38_143685_box_Incident_Summaries_101-172
Agency: Department of War
Page 54
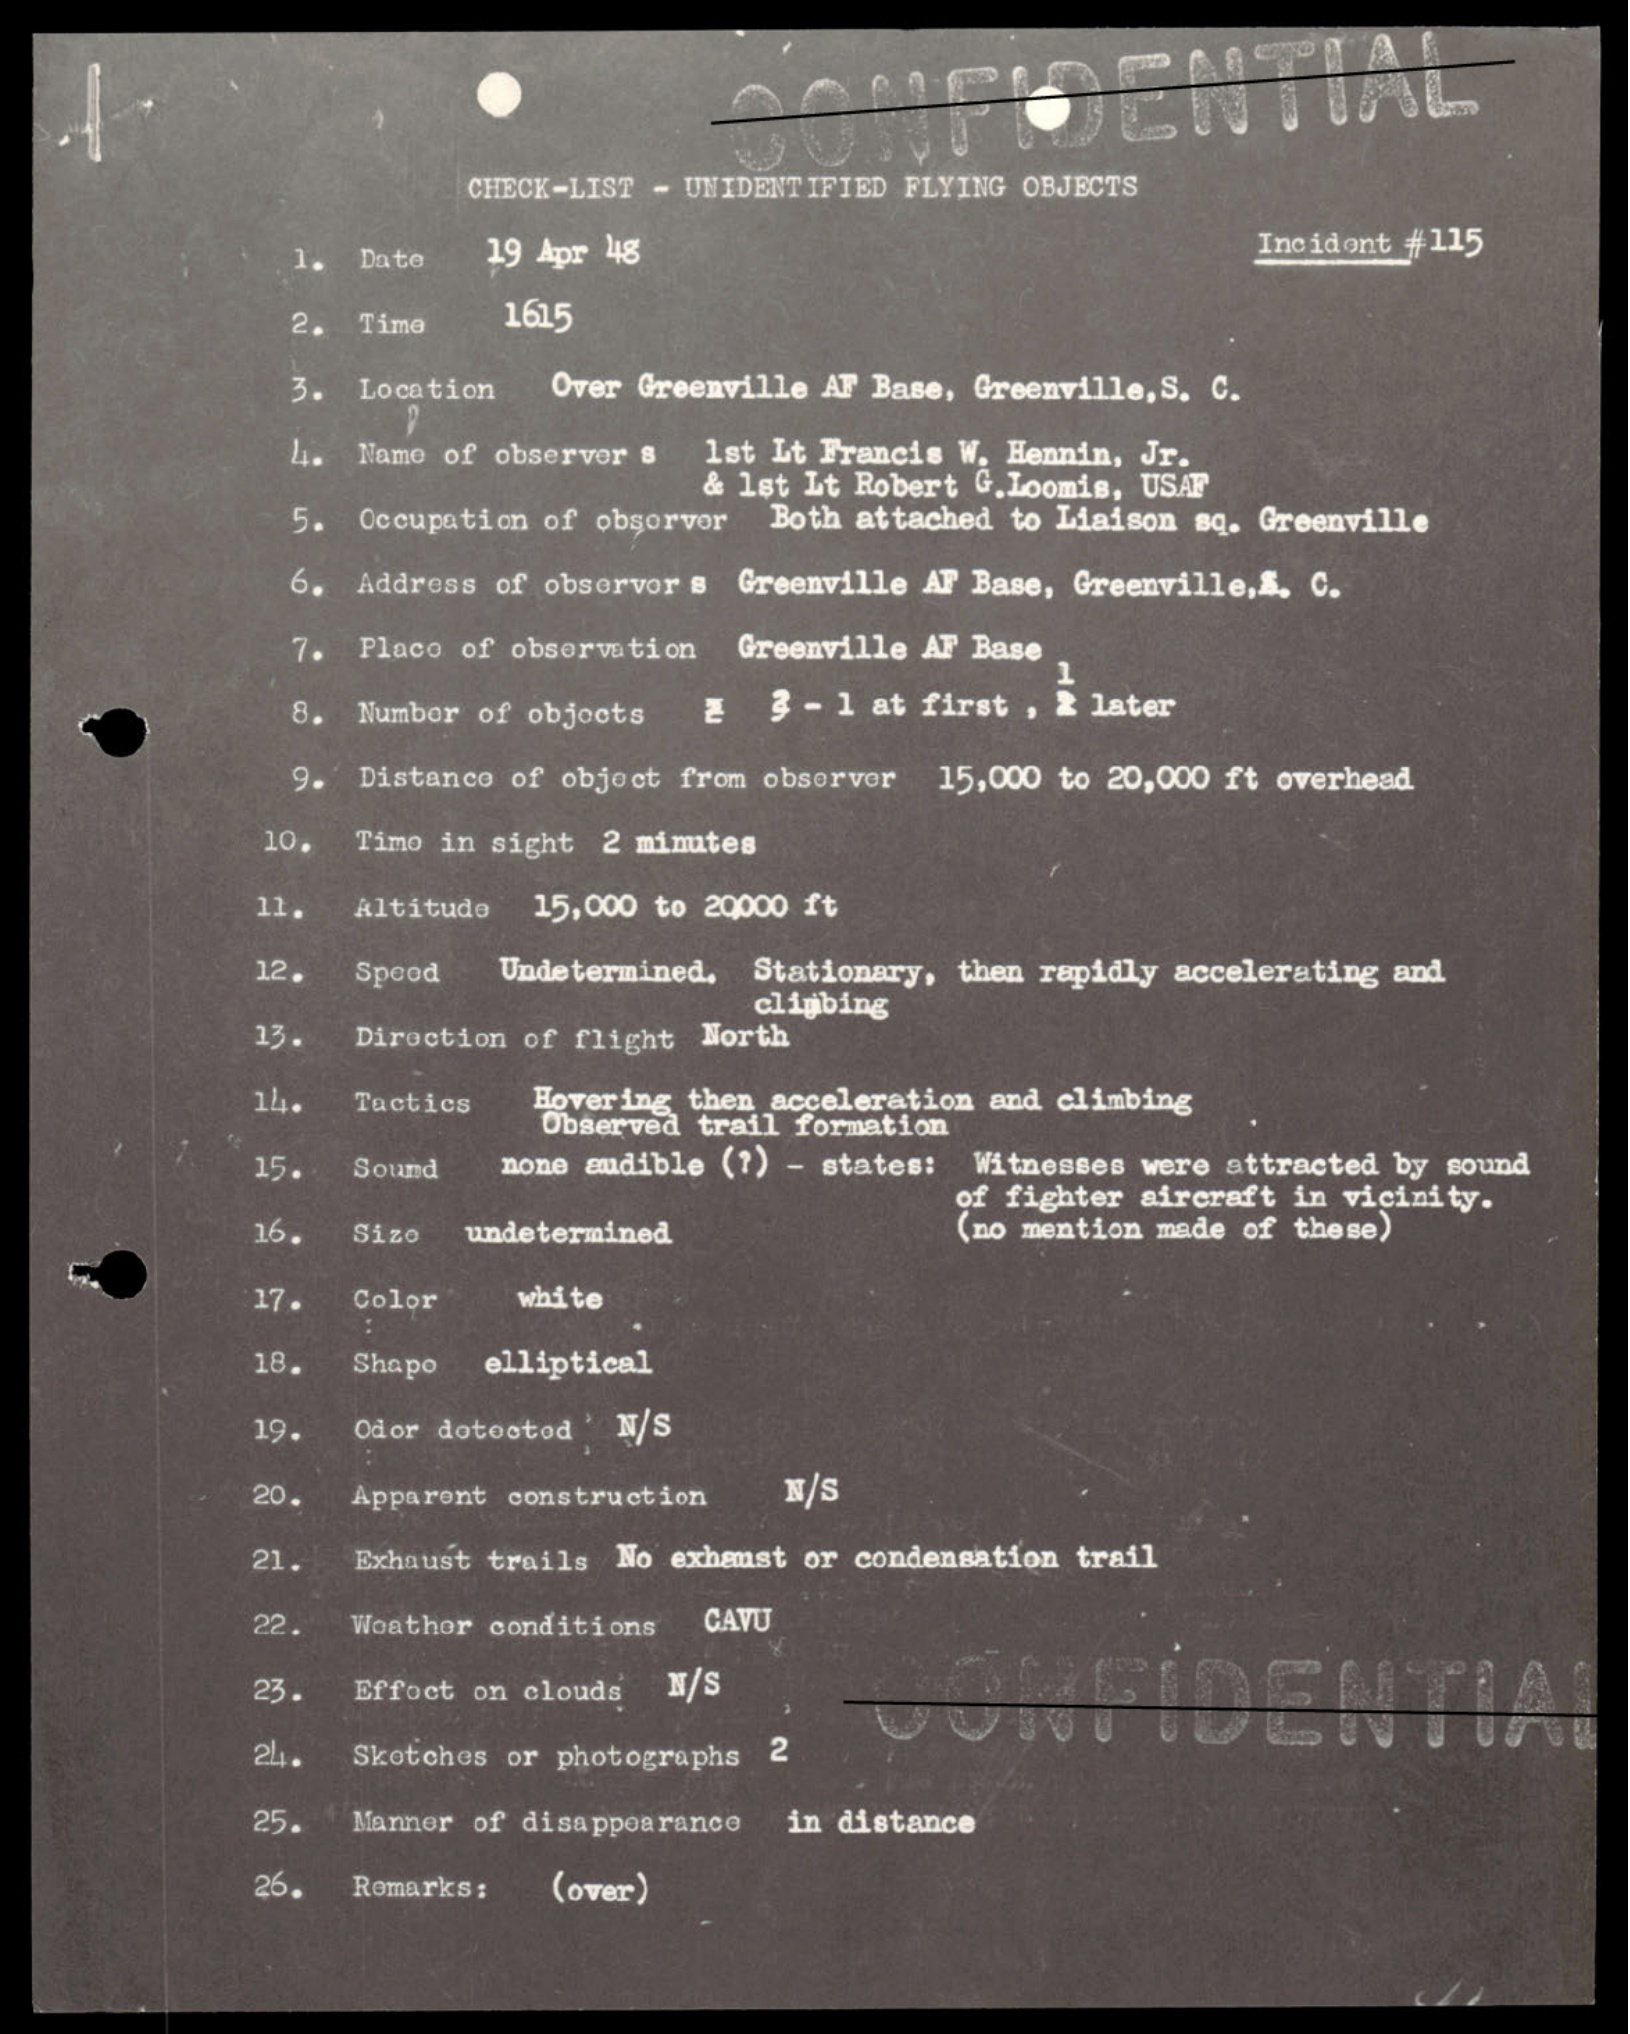